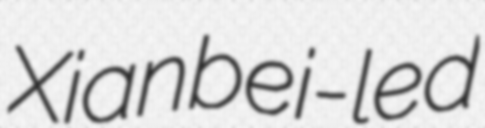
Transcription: Xianbei-led